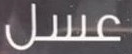
عسل